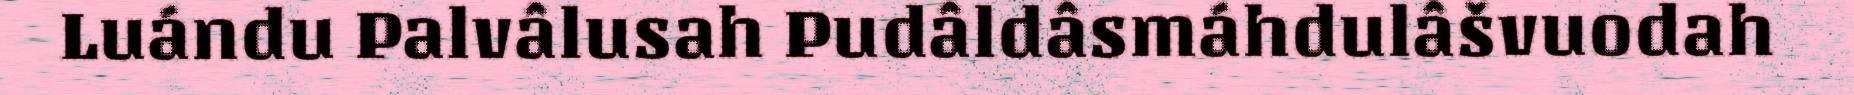
Luándu Palvâlusah Pudâldâsmáhdulâšvuodah